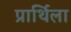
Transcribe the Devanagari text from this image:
प्रार्थिला